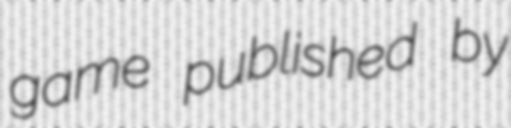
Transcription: game published by